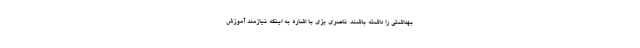
بهداشتی را داشته باشند. ناصری یزی با اشاره به اینکه نیازمند آموزش